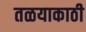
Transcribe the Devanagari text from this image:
तळयाकाठी